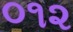
૦૧૨